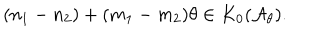
( n _ { 1 } - n _ { 2 } ) + ( m _ { 1 } - m _ { 2 } ) \theta \in K _ { 0 } ( { \mathcal { A } } _ { \theta } ) .